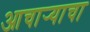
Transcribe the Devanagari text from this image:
आचार्‍याचा